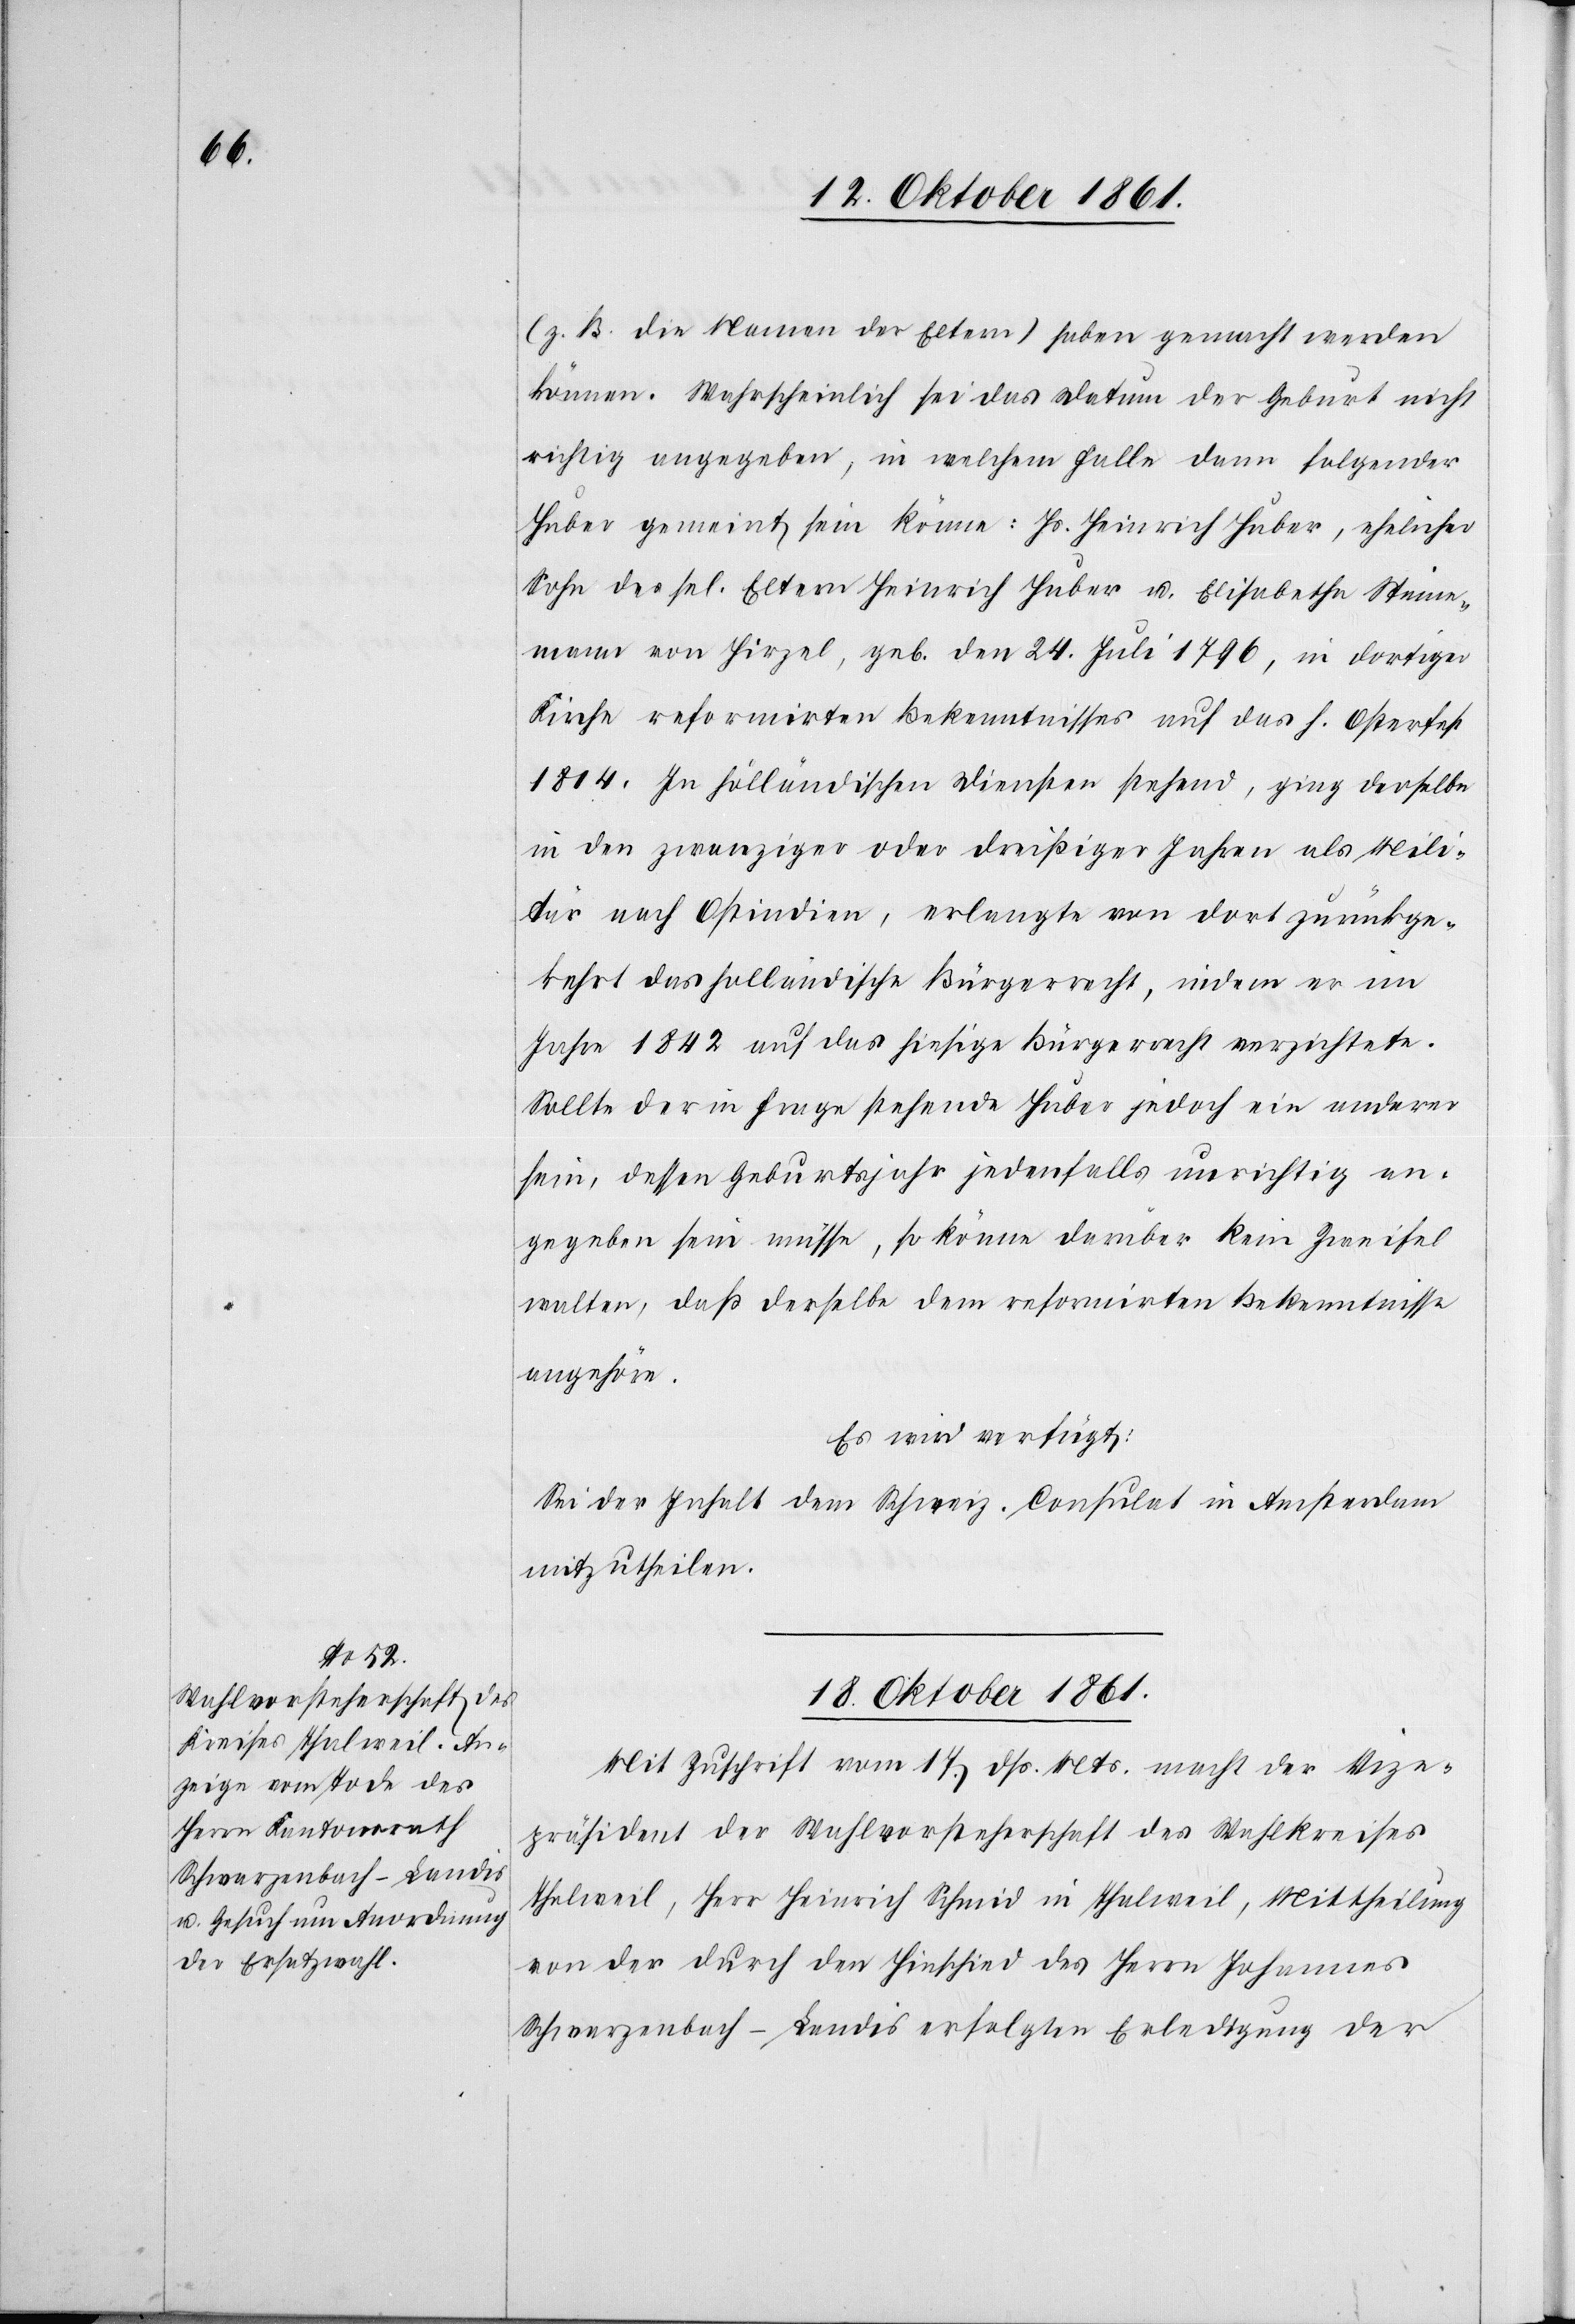
(z. B. die Namen der Eltern) haben gemacht werden
können. Wahrscheinlich sei das Datum der Geburt nicht
richtig angegeben, in welchem Falle dann folgender
Huber gemeint sein könne: Hs. Heinrich Huber, ehelicher
Sohn der sel. Eltern Heinrich Huber u. Elisabetha Steine¬
mann von Hirzel, geb. den 24 Juli 1796, in dortiger
Kirche reformirten Bekenntnisses auf das h. Osterfest
1814. In holländischen Diensten stehend, ging derselbe
in den zwanziger oder dreißiger Jahren als Mili¬
tär nach Ostindien, erlangte von dort zurückge¬
kehrt das holländische Bürgerrecht, indem er im
Jahre 1842 auf das hiesige Bürgerrecht verzichtete.
Sollte der in Frage stehende Huber jedoch ein anderer
sein, dessen Geburtsjahr jedenfalls unrichtig an¬
gegeben sein müsse, so könne darüber kein Zweifel
walten, daß derselbe dem reformirten Bekenntnisse
angehöre.
Es wird verfügt:
Sei der Inhalt dem Schweiz. Consulate in Amsterdam
mitzutheilen.
18 Oktober 1861.]
Mit Zuschrift vom 17 dß. Mts. macht der Vize¬
präsident der Wahlvorsteherschaft des Wahlkreises
Thalweil, Herr Heinrich Schmid in Thalweil, Mittheilung
von der durch den Hinschied des Herrn Johannes
Schwarzenbach-Landis erfolgten Erledigung der